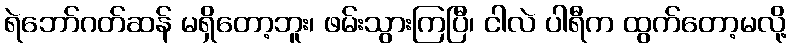
ရဲဘော်ဂတ်ဆန် မရှိတော့ဘူး၊ ဖမ်းသွားကြပြီ၊ ငါလဲ ပါရီက ထွက်တော့မလို့